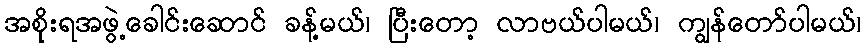
အစိုးရအဖွဲ့ခေါင်းဆောင် ခန့်မယ်၊ ပြီးတော့ လာဗယ်ပါမယ်၊ ကျွန်တော်ပါမယ်၊